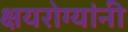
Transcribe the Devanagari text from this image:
क्षयरोग्यांनी